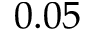
0 . 0 5